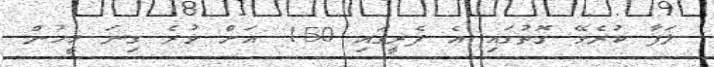
ލަފާ ކުރެވޭ ގޮތުގައި އެ ފެރީގައި 150 އަށް ވުރެ ގިނަ މީހުން